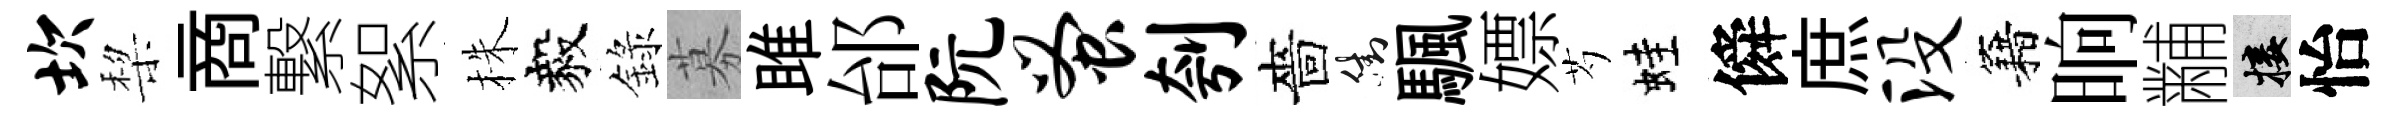
坎棃商繋絮株毅錄募雎邰阮蚤刳嗇街颿嫖芍蛙僢庶没籍晌黼接怡